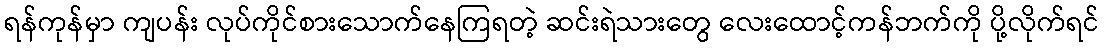
ရန်ကုန်မှာ ကျပန်း လုပ်ကိုင်စားသောက်နေကြရတဲ့ ဆင်းရဲသားတွေ လေးထောင့်ကန်ဘက်ကို ပို့လိုက်ရင်